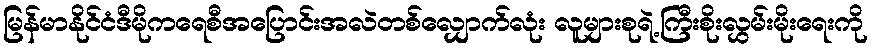
မြန်မာနိုင်ငံဒီမိုကရေစီအပြောင်းအလဲတစ်လျှောက်လုံး လူများစုရဲ့ကြီးစိုးလွှမ်းမိုးရေးကို